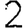
Digit: 2